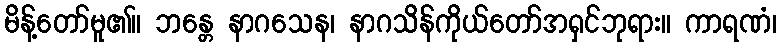
မိန့်တော်မူ၏။ ဘန္တေ နာဂသေန၊ နာဂသိန်ကိုယ်တော်အရှင်ဘုရား။ ကာရဏံ၊